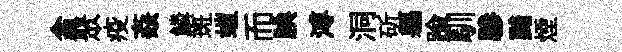
翕聚疫姦鱗斑螘而腆溥洞斫軀踰馴驂黯煙